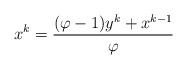
LaTeX: \begin{align*}&x^k=\dfrac{(\varphi-1)y^k+x^{k-1}}{\varphi}\end{align*}